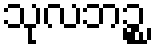
သုလဘဉ္စ